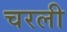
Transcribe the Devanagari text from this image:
चरली